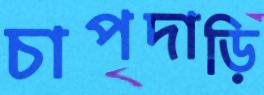
চাপদাড়ি